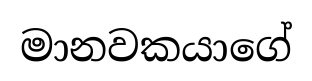
මානවකයාගේ